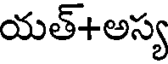
యత్+అస్య